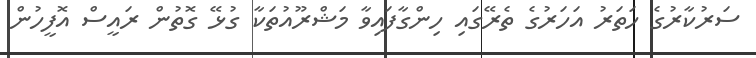
ސަރުކާރުގެ ހަތަރު އަހަރުގެ ތެރޭގައި ހިންގާފައިވާ މަޝްރޫއުތަކާ ގުޅޭ ގޮތުން ރައީސް އޮފީހުން